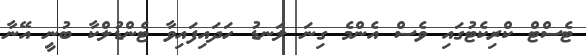
ޓެސްޓް ކްރިކެޓުގައި ވެސް އެންމެ ގިނަ ލަނޑު ހަދައިފައިވާ ޓެންޑުލްކާ ބުނީ އޭނާ